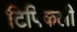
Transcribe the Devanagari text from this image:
टिपिकली